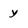
Character: y